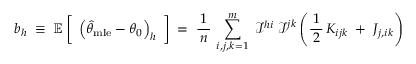
b _ { h } \; \equiv \; \operatorname { \mathbb { E } } { \biggl [ } \; \left( { \widehat { \theta } } _ { \mathrm { m l e } } - \theta _ { 0 } \right) _ { h } \; { \biggr ] } \; = \; { \frac { 1 } { \, n \, } } \, \sum _ { i , j , k = 1 } ^ { m } \; { \mathcal { I } } ^ { h i } \; { \mathcal { I } } ^ { j k } \left( { \frac { 1 } { \, 2 \, } } \, K _ { i j k } \; + \; J _ { j , i k } \right)